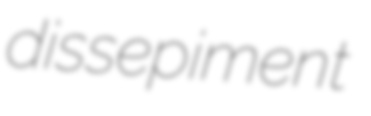
dissepiment